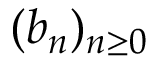
\textstyle ( b _ { n } ) _ { n \geq 0 }